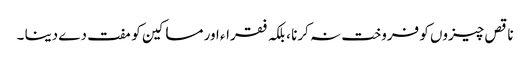
ناقص چیزوں کو فروخت نہ کرنا ، بلکہ فقراء اور مساکین کو مفت دے دینا ۔